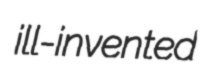
ill-invented